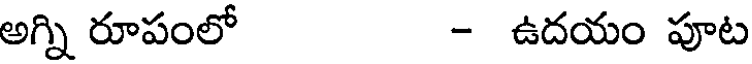
అగ్ని రూపంలో - ఉదయం పూట